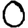
Digit: 0